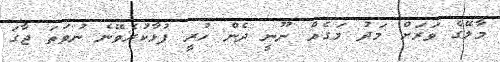
މާލޭގެ ވަރަށް މަދު މަގެއް ނޫނީ ދެން ހުރީ ފުޅާކުރެވޭނެ ނުވަތަ ޖާގަ